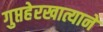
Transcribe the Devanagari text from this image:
गुप्तहेरखात्याने